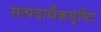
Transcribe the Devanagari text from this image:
सत्पदार्थैकसृष्टिः